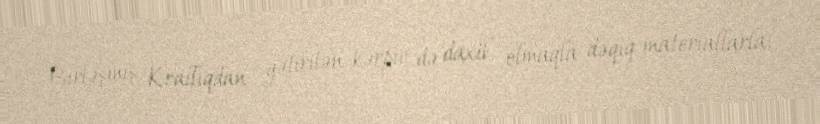
Birləşmiş Krallıqdan gətirilən kərpic də daxil olmaqla dəqiq materiallarla,